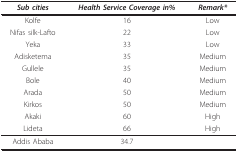
| Sub cities | Health Service Coverage in% | Remark* |
 | --- | --- | --- |
 | Kolfe | 16 | Low |
 | Nifas silk-Lafto | 22 | Low |
 | Yeka | 33 | Low |
 | Adisketema | 35 | Medium |
 | Gullele | 35 | Medium |
 | Bole | 40 | Medium |
 | Arada | 50 | Medium |
 | Kirkos | 50 | Medium |
 | Akaki | 60 | High |
 | Lideta | 66 | High |
 | Addis Ababa | 34.7 |  |